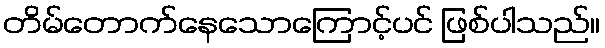
တိမ်တောက်နေသောကြောင့်ပင် ဖြစ်ပါသည်။